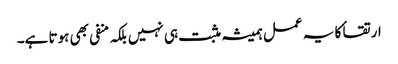
ارتقا ٔکا یہ عمل ہمیشہ مثبت ہی نہیں بلکہ منفی بھی ہوتا ہے۔